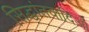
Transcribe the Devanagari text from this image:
सिद्धांतवादिओ